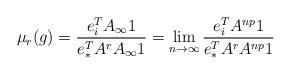
LaTeX: \begin{align*}\mu_r (g) = \frac{e_i^T A_\infty 1}{e_\ast^T A^r A_\infty 1} = \lim_{n\to\infty} \frac{e_i^T A^{np} 1 }{e_\ast^T A^r A^{np} 1}\end{align*}